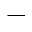
^ -